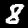
Label: 8